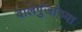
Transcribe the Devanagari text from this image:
वालगुंजांच्या